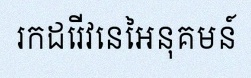
រកដេរីវេនៃអនុគមន៍